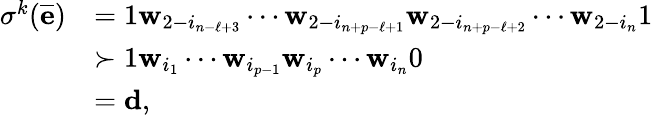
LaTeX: \begin{array}{rl}{\sigma^{k}(\overline{{\mathbf e}})}&{=1\mathbf w_{2-i_{n-\ell+3}}\cdots\mathbf w_{2-i_{n+p-\ell+1}}\mathbf w_{2-i_{n+p-\ell+2}}\cdots\mathbf w_{2-i_{n}}1}\\ &{\succ 1\mathbf w_{i_{1}}\cdots\mathbf w_{i_{p-1}}\mathbf w_{i_{p}}\cdots\mathbf w_{i_{n}}0}\\ &{=\mathbf d,}\end{array}